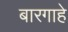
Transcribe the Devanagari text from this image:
बारगाहे